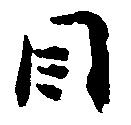
目